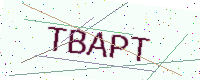
Text: TBAPT